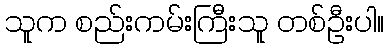
သူက စည်းကမ်းကြီးသူ တစ်ဦးပါ။